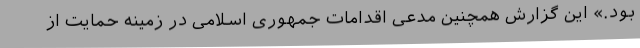
بود.» این گزارش همچنین مدعی اقدامات جمهوری اسلامی در زمینه حمایت از